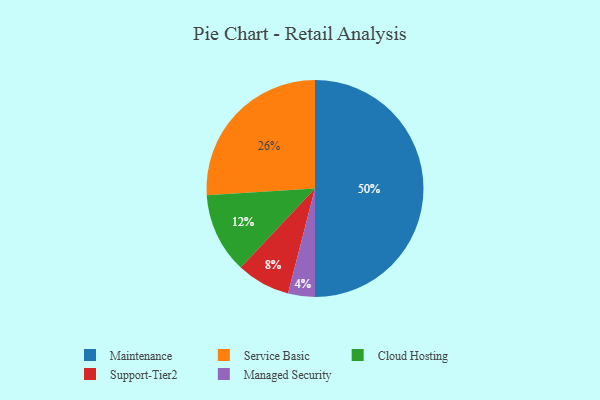
{"axis": {"x": "Category", "y": "Percentage"}, "legend": ["Cloud Hosting", "Maintenance", "Managed Security", "Service Basic", "Support-Tier2"], "data": [{"x": "Managed Security", "y": 4, "type": "Managed Security"}, {"x": "Service Basic", "y": 26, "type": "Service Basic"}, {"x": "Maintenance", "y": 50, "type": "Maintenance"}, {"x": "Support-Tier2", "y": 8, "type": "Support-Tier2"}, {"x": "Cloud Hosting", "y": 12, "type": "Cloud Hosting"}]}